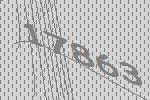
17863